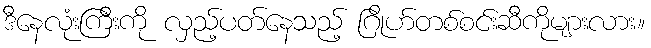
ဒီနေလုံးကြီးကို လှည့်ပတ်နေသည့် ဂြိုဟ်တစ်စင်းဆီကိုများလား။